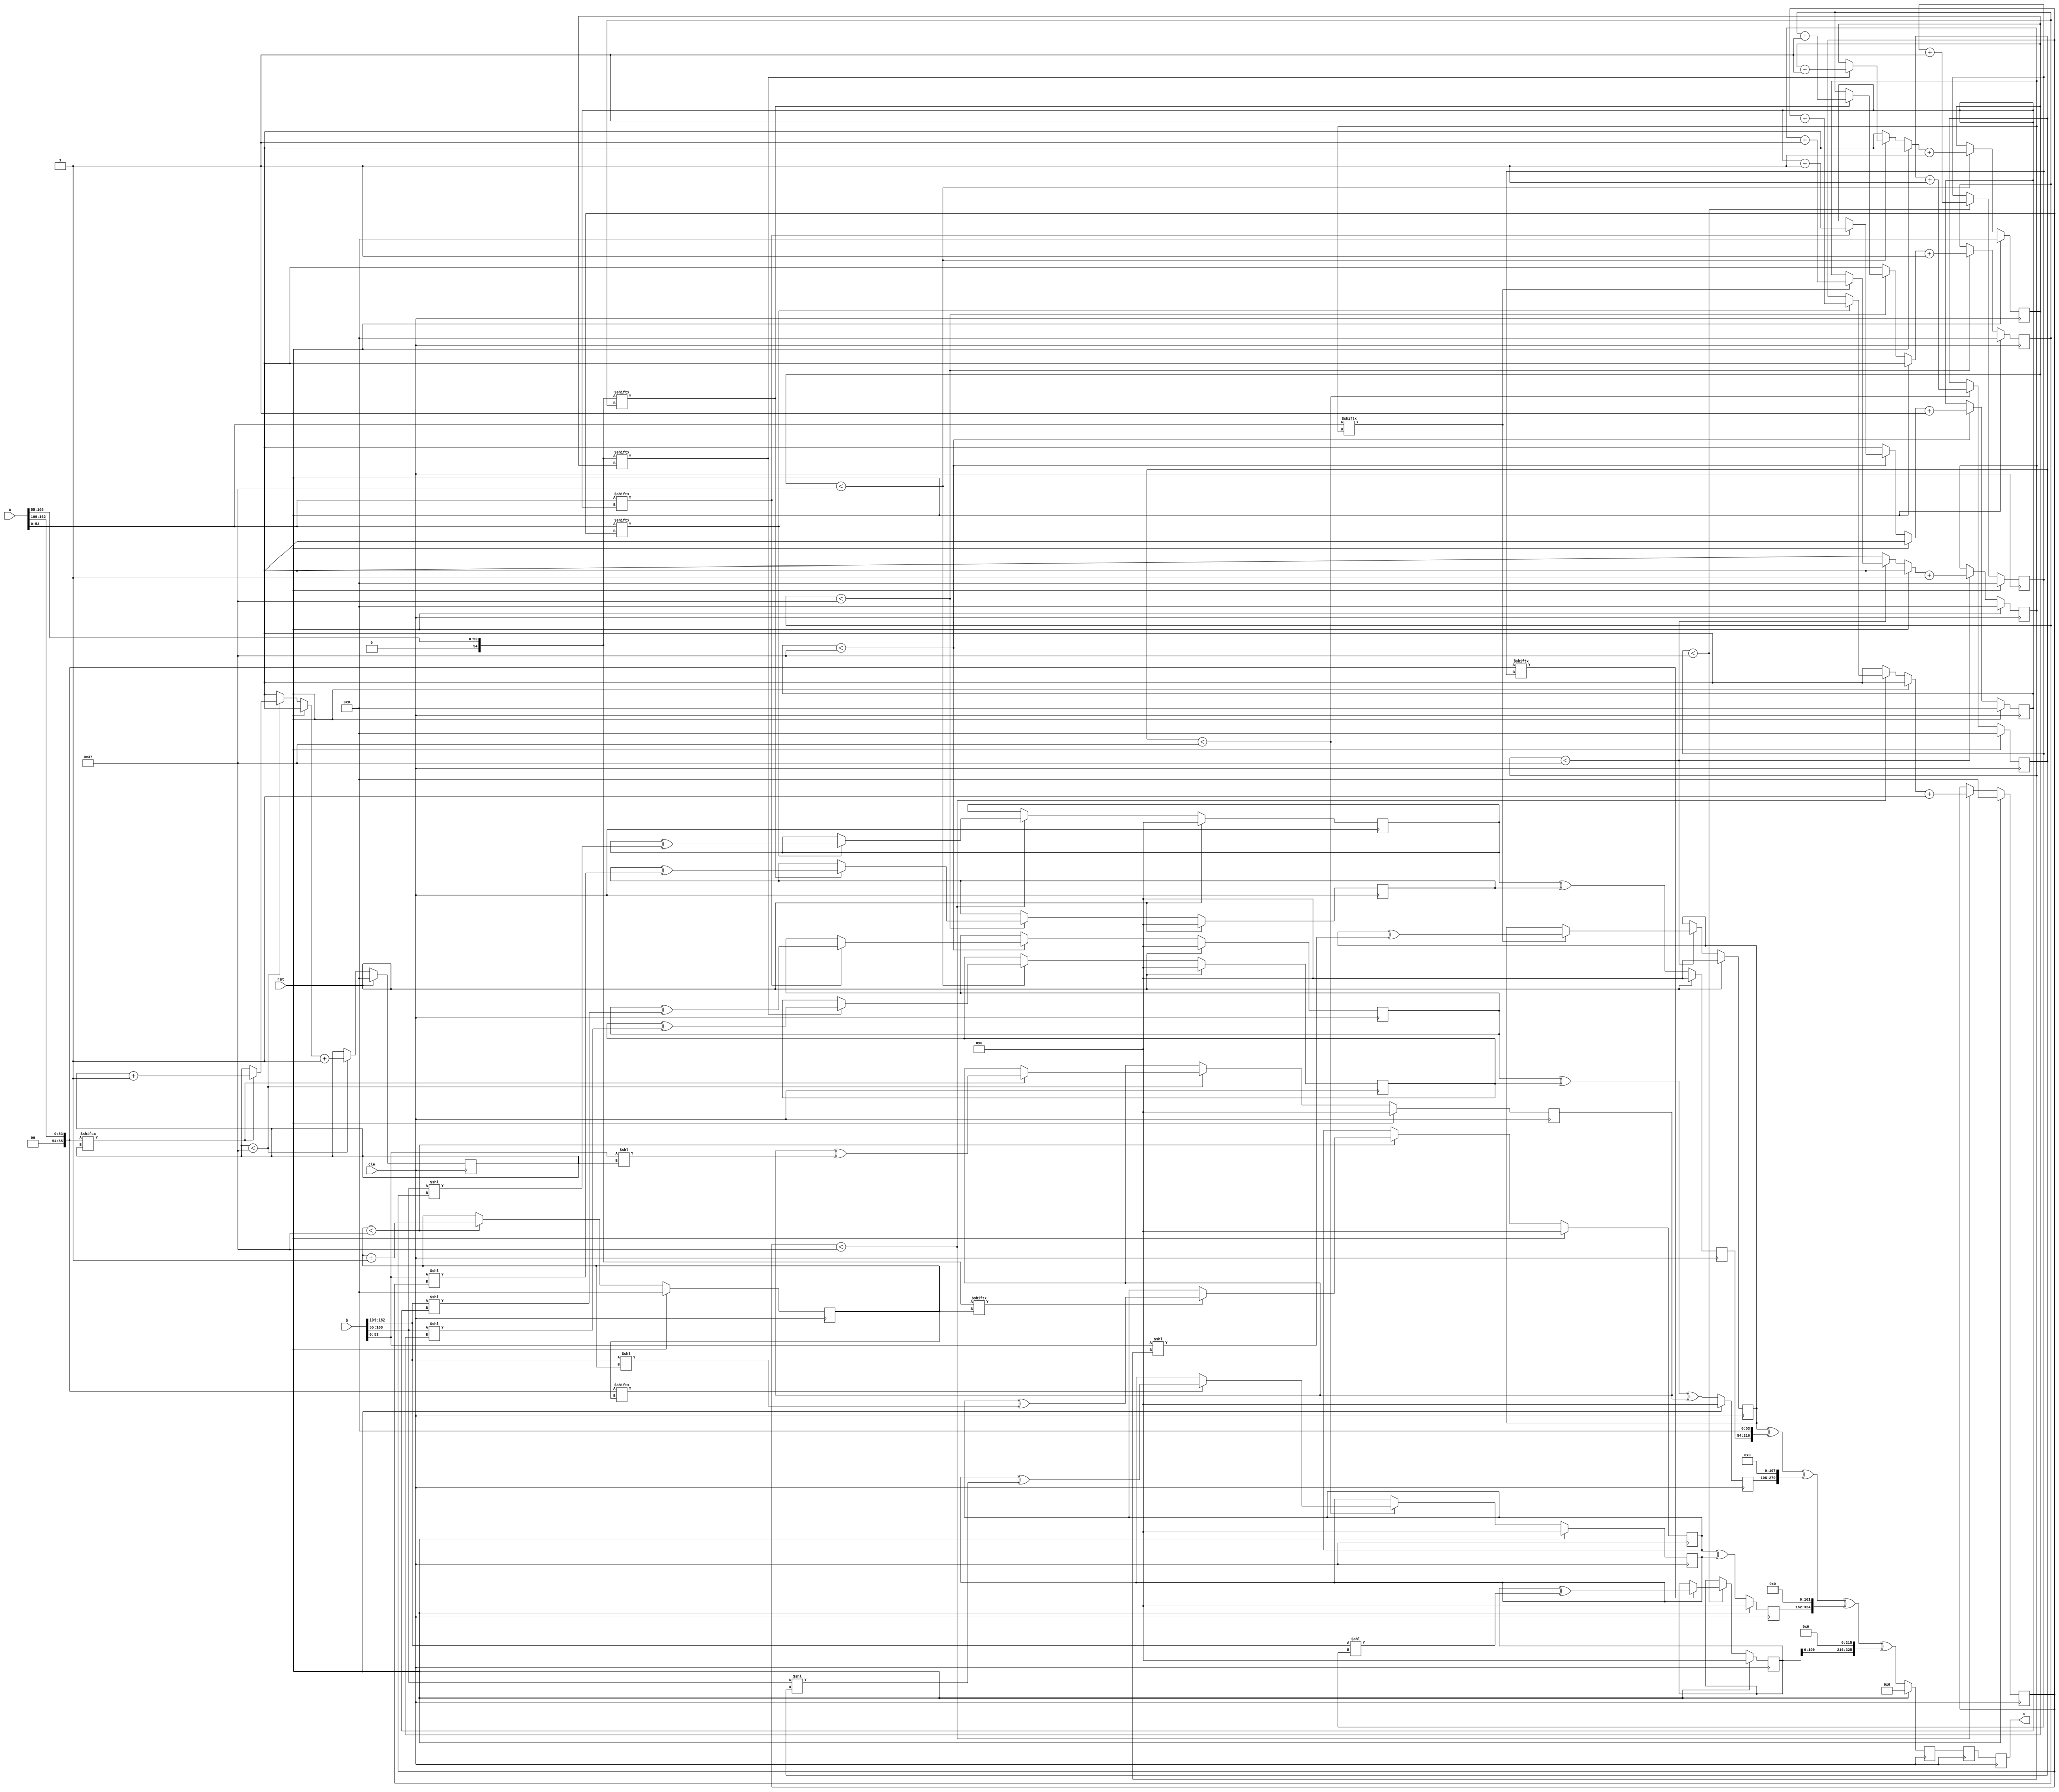
// TalTech large integer multiplier library
// Multiplier type: three_way_toom_cook
// Parameters: 163 163 3
// Target tool: genus
module three_way_toom_cook(clk, rst, a, b, c);
input clk;
input rst;
input [162:0] a;
input [162:0] b;
output reg [325:0] c;

// Pipeline register declaration 
reg [325:0] c_temp_2;
reg [325:0] c_temp_1;

// Wires declaration 
wire  [53:0] a0;
wire  [54:0] a1;
wire  [55:0] a2;
wire  [53:0] b0;
wire  [54:0] b1;
wire  [54:0] b2;

// Registers declaration 
reg  [53:0] counter_d;
reg  [53:0] counter_e1;
reg  [53:0] counter_e2;
reg  [53:0] counter_f1;
reg  [53:0] counter_f2;
reg  [53:0] counter_f3;
reg  [53:0] counter_g1;
reg  [53:0] counter_g2;
reg  [53:0] counter_h;
reg  [162:0] d;
reg  [162:0] e1_mul;
reg  [162:0] e2_mul;
reg  [162:0] e;
reg  [162:0] f1_mul;
reg  [162:0] f2_mul;
reg  [162:0] f3_mul;
reg  [162:0] f;
reg  [162:0] g1_mul;
reg  [162:0] g2_mul;
reg  [162:0] g;
reg  [162:0] h;
reg  [325:0] temp;

// Initial assignments to wires
assign a0 = a[54:0];
assign a1 = a[108:55];
assign a2 = a[162:109];
assign b0 = b[54:0];
assign b1 = b[108:55];
assign b2 = b[162:109];

// Step-1 of 3-Way TCM Multiplier
always @(posedge clk) begin
	if (rst) begin
		d <= 163'd0;
		counter_d <= 54'd0;
	end
	else if (counter_d < 55) begin
		if (a2[counter_d] == 1'b1) begin
			d <= d ^ (b2 << counter_d);
			counter_d <= counter_d + 1;
		end
		counter_d <= counter_d + 1;
	end
end

// Step-2 (Part-1) of 3-Way TCM Multiplier
always @(posedge clk) begin
	if (rst) begin
		e1_mul <= 163'd0;
		counter_e1 <= 54'd0;
	end
	else if (counter_e1 < 55) begin
		if (a1[counter_e1] == 1'b1) begin
			e1_mul <= e1_mul ^ (b2 << counter_e1);
			counter_e1 <= counter_e1 + 1;
		end
		counter_e1 <= counter_e1 + 1;
	end
end

// Step-2 (Part-2) of 3-Way TCM Multiplier
always @(posedge clk) begin
	if (rst) begin
		e2_mul <= 163'd0;
		counter_e2 <= 54'd0;
	end
	else if (counter_e2 < 55) begin
		if (a2[counter_e1] == 1'b1) begin
			e2_mul <= e2_mul ^ (b1 << counter_e2);
			counter_e2 <= counter_e2 + 1;
		end
		counter_e2 <= counter_e2 + 1;
	end
end

// Step-2 (Part-3) of 3-Way TCM Multiplier
always @(posedge clk) begin
	if (rst) begin
		e = 163'd0;
	end
	else begin
		e = e1_mul ^ e2_mul; 
	end
end

// Step-3 (Part-1) of 3-Way TCM Multiplier
always @(posedge clk) begin
	if (rst) begin
		f1_mul = 163'd0;
		counter_f1 = 54'd0;
	end
	else if (counter_f1 < 55) begin
		if (a0[counter_f1] == 1'b1) begin
			f1_mul = f1_mul ^ (b2 << counter_f1);
			counter_f1 = counter_f1 + 1;
		end
		counter_f1 = counter_f1 + 1;
	end
end

// Step-3 (Part-2) of 3-Way TCM Multiplier
always @(posedge clk) begin
	if (rst) begin
		f2_mul = 163'd0;
		counter_f2 = 54'd0;
	end
	else if (counter_f2 < 55) begin
		if (a1[counter_f2] == 1'b1) begin
			f2_mul = f2_mul ^ (b1 << counter_f2);
			counter_f2 = counter_f2 + 1;
		end
		counter_f2 = counter_f2 + 1;
	end
end

// Step-3 (Part-3) of 3-Way TCM Multiplier
always @(posedge clk) begin
	if (rst) begin
		f3_mul = 163'd0;
		counter_f3 = 54'd0;
	end
	else if (counter_f3 < 55) begin
		if (a2[counter_f3] == 1'b1) begin
			f3_mul = f3_mul ^ (b0 << counter_f3);
			counter_f3 = counter_f3 + 1;
		end
		counter_f3 = counter_f3 + 1;
	end
end

// Step-3 (Part-4) of 3-Way TCM Multiplier
always @(posedge clk) begin
	if (rst) begin
		f = 163'd0;
	end
	else begin
		f = f1_mul ^ f2_mul ^ f3_mul; 
	end
end

// Step-4 (Part-1) of 3-Way TCM Multiplier
always @(posedge clk) begin
	if (rst) begin
		g1_mul = 163'd0;
		counter_g1 = 54'd0;
	end
	else if (counter_g1 < 55) begin
		if (a0[counter_g1] == 1'b1) begin
			g1_mul = g1_mul ^ (b1 << counter_g1);
			counter_g1 = counter_g1 + 1;
		end
		counter_g1 = counter_g1 + 1;
	end
end

// Step-4 (Part-2) of 3-Way TCM Multiplier
always @(posedge clk) begin
	if (rst) begin
		g2_mul = 163'd0;
		counter_g2 = 54'd0;
	end
	else if (counter_g2 < 55) begin
		if (a1[counter_g2] == 1'b1) begin
			g2_mul = g2_mul ^ (b0 << counter_g2);
			counter_g2 = counter_g2 + 1;
		end
		counter_g2 = counter_g2 + 1;
	end
end

// Step-4 (Part-3) of 3-Way TCM Multiplier
always @(posedge clk) begin
	if (rst) begin
		g = 163'd0;
	end
	else begin
		g = g1_mul ^ g2_mul; 
	end
end

// Step-5 of 3-Way TCM Multiplier
always @(posedge clk) begin
	if (rst) begin
		h = 163'd0;
		counter_h = 54'd0;
	end
	else if (counter_h < 55) begin
		if (a0[counter_h] == 1'b1) begin
			h = h ^ (b0 << counter_h);
			counter_h = counter_h + 1;
		end
	counter_h = counter_h + 1;
	end
end

// Step-6 of 3-Way TCM Multiplier
always @(posedge clk) begin
	if (rst) begin
		temp = 326'd0;
		c_temp_2 = 326'd0;
	end
	else begin
		temp = h;
		temp = temp ^ (g << 54);
		temp = temp ^ (f << 108);
		temp = temp ^ (e << 162);
		temp = temp ^ (d << 216);
		c_temp_2 = temp;
	end
end

// pipeline stages
always @(posedge clk) begin
	c <= c_temp_1;
	c_temp_1 <= c_temp_2;
end
endmodule